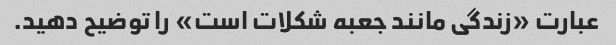
عبارت «زندگی مانند جعبه شکلات است» را توضیح دهید.